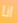
انا